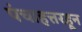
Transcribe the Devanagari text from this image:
पंचाहत्तरहून